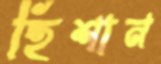
হিশান